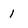
Character: 1